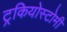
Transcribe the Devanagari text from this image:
ट्रकियोस्टोमी